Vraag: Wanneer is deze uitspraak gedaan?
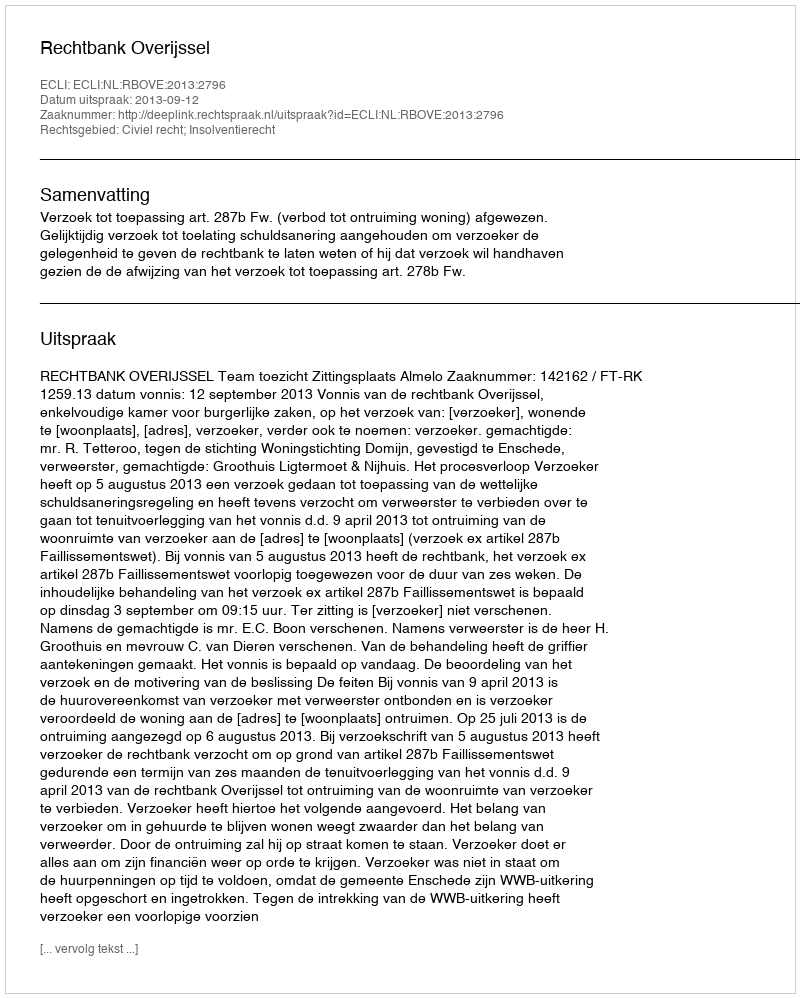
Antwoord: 2013-09-12